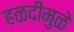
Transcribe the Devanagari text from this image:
हळदीमुळे